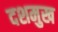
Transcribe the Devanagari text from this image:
दशमुख